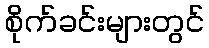
စိုက်ခင်းများတွင်